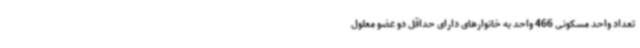
تعداد واحد مسکونی 466 واحد به خانوارهای دارای حداقل دو عضو معلول